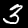
Digit: 3